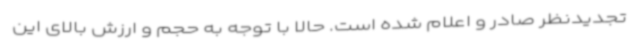
تجدیدنظر صادر و اعلام شده است. حالا با توجه به حجم و ارزش بالای این